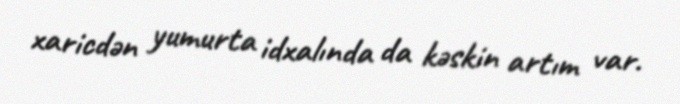
xaricdən yumurta idxalında da kəskin artım var.